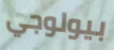
بيولوجي